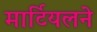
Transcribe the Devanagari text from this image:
मार्टियलने